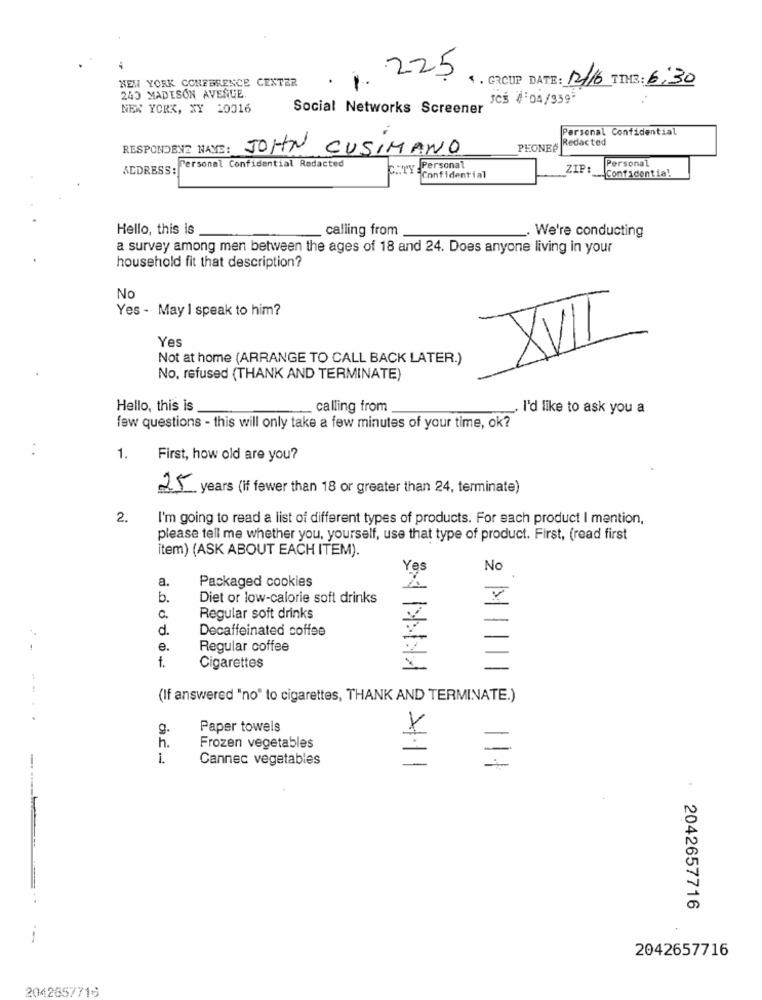
225
. GROUP DATE: 12/6 TIME : 6:30
NEW YORK CONFERENCE CENTER
240 MADISON AVENUE.
JCŠ 4:04/959-
NEW YORK, XY 10016
Social Networks Screener
Personal Confidential
Redacted
RESPONDENT HAVE: JOHN CUSIMANO
PEONES
Personal Confidential Redacted
Personal
Personal
ADDRESS :
ZIP:
Confidential
Confidential
Hello, this is
calling from
We're conducting
a survey among men between the ages of 18 and 24. Does anyone living in your
household fit that description?
No
Yes - May I speak to him?
Yes
XVII
Not at home (ARRANGE TO CALL BACK LATER.)
No, refused (THANK AND TERMINATE)
Hello, this is
calling from
I'd like to ask you a
few questions - this will only take a few minutes of your time, ok?
1.
First, how old are you?
25 years (if fewer than 18 or greater than 24, terminate)
2.
I'm going to read a list of different types of products. For each product I mention,
please tell me whether you, yourself, use that type of product. First, (read first
item) (ASK ABOUT EACH ITEM).
Yes
No
a.
Packaged cookies
b.
Diet or low-calorie soft drinks
c.
Regular soft drinks
d.
Decaffeinated coffee
-
e.
Regular coffee
f.
Cigarettes
(If answered "no" to cigarettes, THANK AND TERMINATE.)
Paper towels
h.
Frozen vegetables
1.
Cannec vegetables
=
: 2042657716
--
2042657716
2042657716